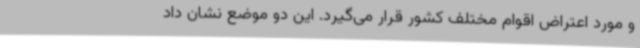
و مورد اعتراض اقوام مختلف کشور قرار می‌گیرد. این دو موضع نشان داد